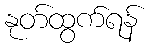
နုတ်ထွက်ရန်